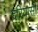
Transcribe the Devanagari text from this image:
दरियासी